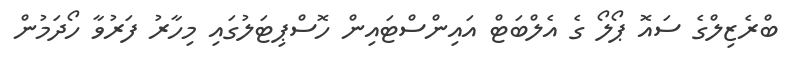
ބްރެޒިލްގެ ސައޮ ޕޯލޯ ގެ އެލްބަޓް އައިންސްޓައިން ހޮސްޕިޓަލުގައި މިހާރު ފަރުވާ ހޯދަމުން